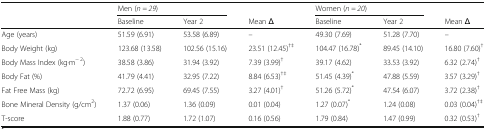
<table><thead><tr><td rowspan="2"></td><td colspan="2"><b>Men (<i>n = 29</i>)</b></td><td></td><td colspan="2"><b>Women (<i>n = 20</i>)</b></td><td></td></tr><tr><td><b>Baseline</b></td><td><b>Year 2</b></td><td><b>Mean Δ</b></td><td><b>Baseline</b></td><td><b>Year 2</b></td><td><b>Mean Δ</b></td></tr></thead><tbody><tr><td>Age (years)</td><td>51.59 (6.91)</td><td>53.58 (6.89)</td><td>–</td><td>49.30 (7.69)</td><td>51.28 (7.70)</td><td>–</td></tr><tr><td>Body Weight (kg)</td><td>123.68 (13.58)</td><td>102.56 (15.16)</td><td>23.51 (12.45)<sup>†‡</sup></td><td>104.47 (16.78)<sup>*</sup></td><td>89.45 (14.10)</td><td>16.80 (7.60)<sup>†</sup></td></tr><tr><td>Body Mass Index (kg∙m<sup>− 2</sup>)</td><td>38.58 (3.86)</td><td>31.94 (3.92)</td><td>7.39 (3.99)<sup>†</sup></td><td>39.17 (4.62)</td><td>33.53 (3.92)</td><td>6.32 (2.74)<sup>†</sup></td></tr><tr><td>Body Fat (%)</td><td>41.79 (4.41)</td><td>32.95 (7.22)</td><td>8.84 (6.53)<sup>†‡</sup></td><td>51.45 (4.39)<sup>*</sup></td><td>47.88 (5.59)</td><td>3.57 (3.29)<sup>†</sup></td></tr><tr><td>Fat Free Mass (kg)</td><td>72.72 (6.95)</td><td>69.45 (7.55)</td><td>3.27 (4.01)<sup>†</sup></td><td>51.26 (5.72)<sup>*</sup></td><td>47.54 (6.07)</td><td>3.72 (2.38)<sup>†</sup></td></tr><tr><td>Bone Mineral Density (g/cm<sup>2</sup>)</td><td>1.37 (0.06)</td><td>1.36 (0.09)</td><td>0.01 (0.04)</td><td>1.27 (0.07)<sup>*</sup></td><td>1.24 (0.08)</td><td>0.03 (0.04)<sup>†‡</sup></td></tr><tr><td>T-score</td><td>1.88 (0.77)</td><td>1.72 (1.07)</td><td>0.16 (0.56)</td><td>1.79 (0.84)</td><td>1.47 (0.99)</td><td>0.32 (0.53)<sup>†</sup></td></tr></tbody></table>